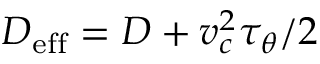
D _ { \mathrm { e f f } } = D + v _ { c } ^ { 2 } \tau _ { \theta } / 2